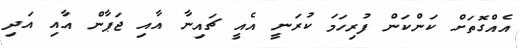
އެއްގޮތަށް ކަންކަން ފުރިހަމަ ކުރަނީ އެއީ ޗައިނާ އާއި ޖަޕާން އާއި އަދި